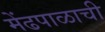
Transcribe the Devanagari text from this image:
मेंढपाळाची